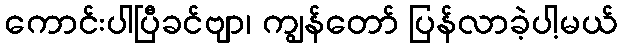
ကောင်းပါပြီခင်ဗျာ၊ ကျွန်တော် ပြန်လာခဲ့ပါ့မယ်